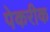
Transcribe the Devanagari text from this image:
पेकरीक